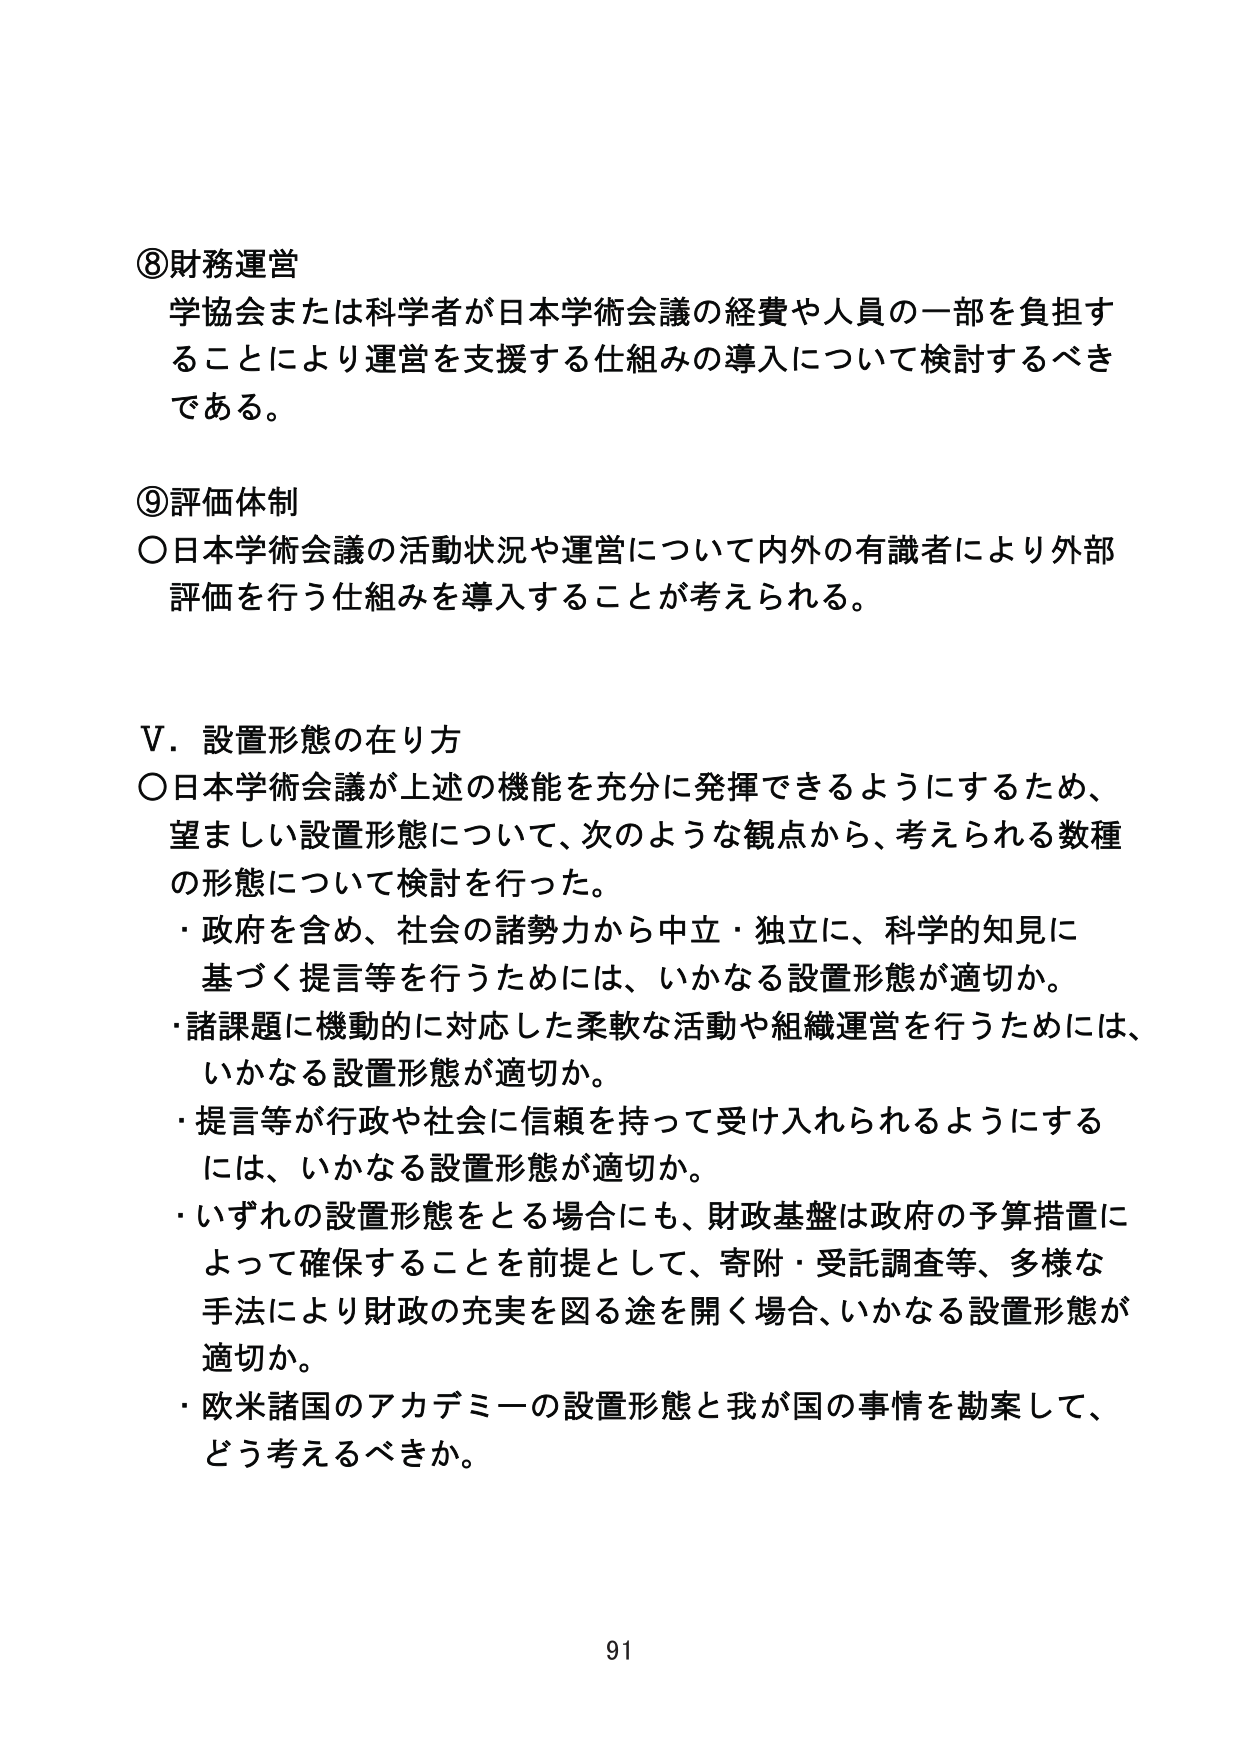
⑧財務運営
学協会または科学者が日本学術会議の経費や人員の一部を負担することにより運営を支援する仕組みの導入について検討するべきである。

⑨評価体制
○日本学術会議の活動状況や運営について内外の有識者により外部評価を行う仕組みを導入することが考えられる。

V．設置形態の在り方
○日本学術会議が上述の機能を充分に発揮できるようにするため、望ましい設置形態について、次のような観点から、考えられる数種の形態について検討を行った。
・政府を含め、社会の諸勢力から中立・独立に、科学的知見に基づく提言等を行うためには、いかなる設置形態が適切か。
・諸課題に機動的に対応した柔軟な活動や組織運営を行うためには、いかなる設置形態が適切か。
・提言等が行政や社会に信頼を持って受け入れられるようにするには、いかなる設置形態が適切か。
・いずれの設置形態をとる場合にも、財政基盤は政府の予算措置によって確保することを前提として、寄附・受託調査等、多様な手法により財政の充実を図る途を開く場合、いかなる設置形態が適切か。
・欧米諸国のアカデミーの設置形態と我が国の事情を勘案して、どう考えるべきか。

91